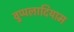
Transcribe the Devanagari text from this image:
वुप्पलादियाम